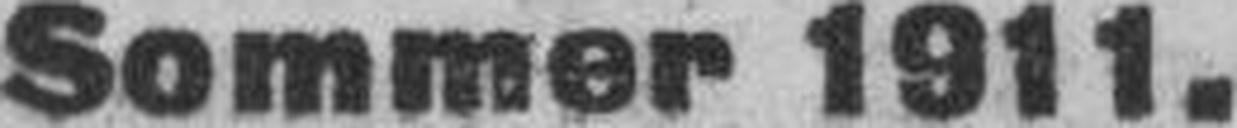
Sommer 1911.